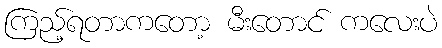
ကြည့်ရတာကတော့ မီးတောင် ကလေးပဲ